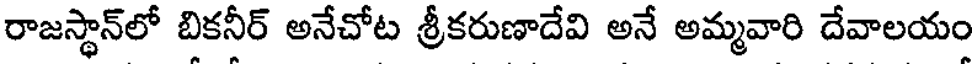
రాజస్థాన్లో బికనీర్ అనేచోట శ్రీకరుణాదేవి అనే అమ్మవారి దేవాలయం